Treatise on elephants
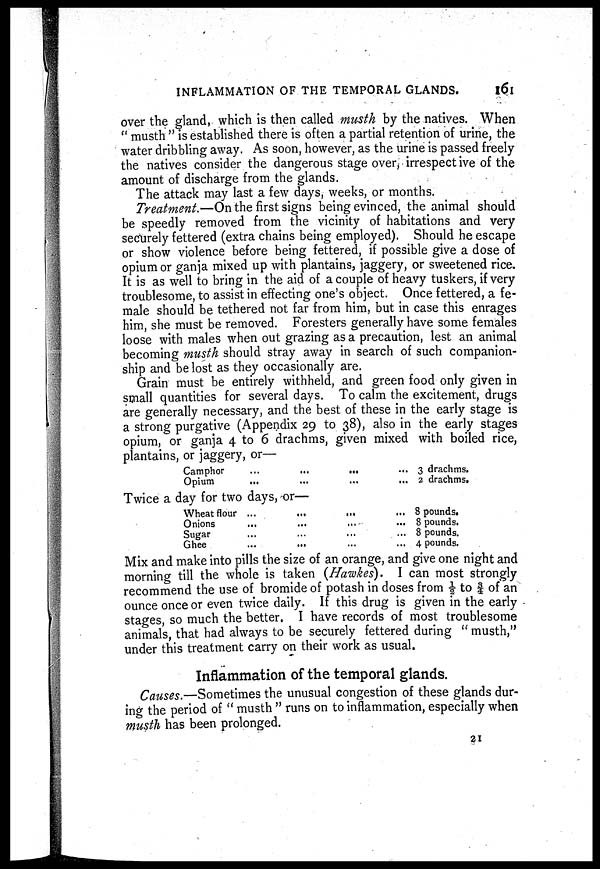
INFLAMMATION OF THE TEMPORAL GLANDS.
161
over the gland, which is then called musth by the natives. When
"musth" is established there is often a partial retention of urine, the
water dribbling away. As soon, however, as the urine is passed freely
the natives consider the dangerous stage over, irrespective of the
amount of discharge from the glands.
The attack may last a few days, weeks, or months.
Treatment.—On the first signs being evinced, the animal should
be speedly removed from the vicinity of habitations and very
securely fettered (extra chains being employed). Should he escape
or show violence before being fettered, if possible give a dose of
opium or ganja mixed up with plantains, jaggery, or sweetened rice.
It is as well to bring in the aid of a couple of heavy tuskers, if very
troublesome, to assist in effecting one's object. Once fettered, a fe-
male should be tethered not far from him, but in case this enrages
him, she must be removed. Foresters generally have some females
loose with males when out grazing as a precaution, lest an animal
becoming musth should stray away in search of such companion-
ship and be lost as they occasionally are.
Grain must be entirely withheld, and green food only given in
small quantities for several days. To calm the excitement, drugs
are generally necessary, and the best of these in the early stage is
a strong purgative (Appendix 29 to 38), also in the early stages
opium, or ganja 4 to 6 drachms, given mixed with boiled rice,
plantains, or jaggery, or—
Camphor
Opium
...
...
...
...
...
...
...
...
3 drachms.
2 drachms.
Twice a day for two days, or—
Wheat flour
Onions
Sugar
Ghee
...
...
...
...
...
...
...
...
...
...
...
...
...
...
...
...
8 pounds.
8 pounds.
8 pounds.
4 pounds.
Mix and make into pills the size of an orange, and give one night and
morning till the whole is taken (Hawkes). I can most strongly
recommend the use of bromide of potash in doses from ½ to ¾ of an
ounce once or even twice daily. If this drug is given in the early
stages, so much the better. I have records of most troublesome
animals, that had always to be securely fettered during "musth,"
under this treatment carry on their work as usual.
Inflammation of the temporal glands.
Causes.—Sometimes the unusual congestion of these glands dur-
ing the period of "musth" runs on to inflammation, especially when
musth has been prolonged.
21